[Report on the health of British troops in the Madras command]
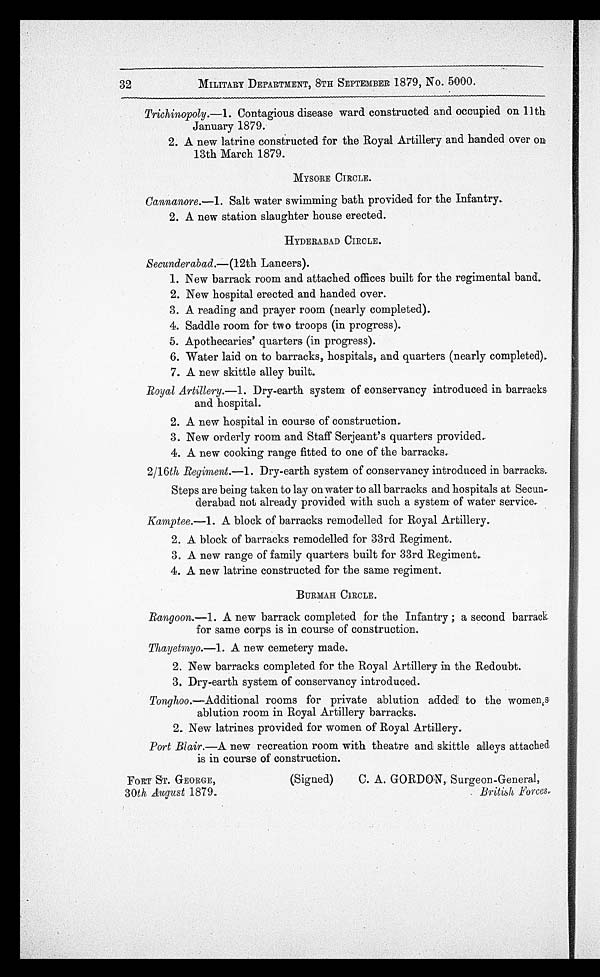
32
MILITARY DEPARTMENT, 8TH SEPTEMBER 1879, No. 5000.
Trichinopoly.—1. Contagious disease ward constructed and occupied on 11th
January 1879.
2. A new latrine constructed for the Royal Artillery and handed over on
13th March 1879.
MYSORE CIRCLE.
Cannanore.—1 . Salt water swimming bath provided for the Infantry.
2. A new station slaughter house erected.
HYDERABAD CIRCLE.
Secunderabad.—(12th Lancers).
1. New barrack room and attached offices built for the regimental band.
2. New hospital erected and handed over.
3. A reading and prayer room (nearly completed).
4. Saddle room for two troops (in progress).
5. Apothecaries' quarters (in progress).
6. Water laid on to barracks, hospitals, and quarters (nearly completed).
7. A new skittle alley built.
Royal Artillery.—1 . Dry-earth system of conservancy introduced in barracks
and hospital.
2. A new hospital in course of construction.
3. New orderly room and Staff Serjeant's quarters provided.
4. A new cooking range fitted to one of the barracks.
2/16th Regiment.—1. Dry-earth system of conservancy introduced in barracks.
Steps are being taken to lay on water to all barracks and hospitals at Secun-
derabad not already provided with such a system of water service.
Kamptee.—1. A block of barracks remodelled for Royal Artillery.
2. A block of barracks remodelled for 33rd Regiment.
3. A new range of family quarters built for 33rd Regiment.
4. A new latrine constructed for the same regiment.
BURMAH CIRCLE.
Rangoon.—1 . A new barrack completed for the Infantry ; a second barrack
for same corps is in course of construction.
Thayetmyo.—1 . A new cemetery made.
2. New barracks completed for the Royal Artillery in the Redoubt.
3. Dry-earth system of conservancy introduced.
Tonghoo .—Additional rooms for private ablution added to the womens
ablution room in Royal Artillery barracks.
2. New latrines provided for women of Royal Artillery.
Port Blair.—A new recreation room with theatre and skittle alleys attached
is in course of construction.
FORT ST. GEORGE,
30th August 1879.
(Signed)
C. A. GORDON, Surgeon-General,
British Forces.